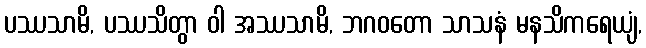
ပဿသာမိ, ပဿသိတွာ ဝါ အဿသာမိ, ဘဂဝတော သာသနံ မနသိကရေယျံ,